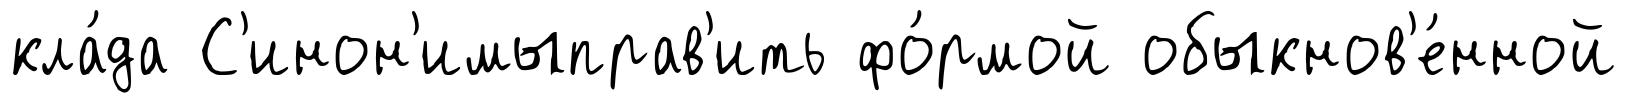
кла́да С'инон'имыправ'ить фо́рмой обыкнов'е́нной